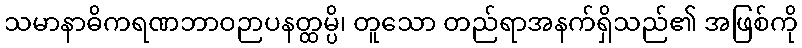
သမာနာဓိကရဏဘာဝဉာပနတ္ထမ္ပိ၊ တူသော တည်ရာအနက်ရှိသည်၏ အဖြစ်ကို